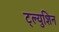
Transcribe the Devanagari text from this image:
ट्ल्युशिन